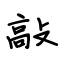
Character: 敲